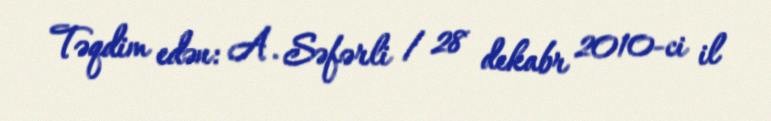
Təqdim edən: A. Səfərli / 28 dekabr 2010-ci il